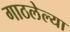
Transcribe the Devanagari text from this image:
गाठलेल्या